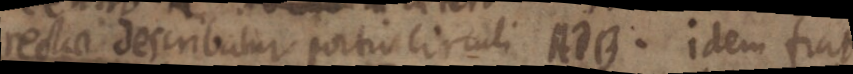
rectae describatur portio circuli AdB. idem fras